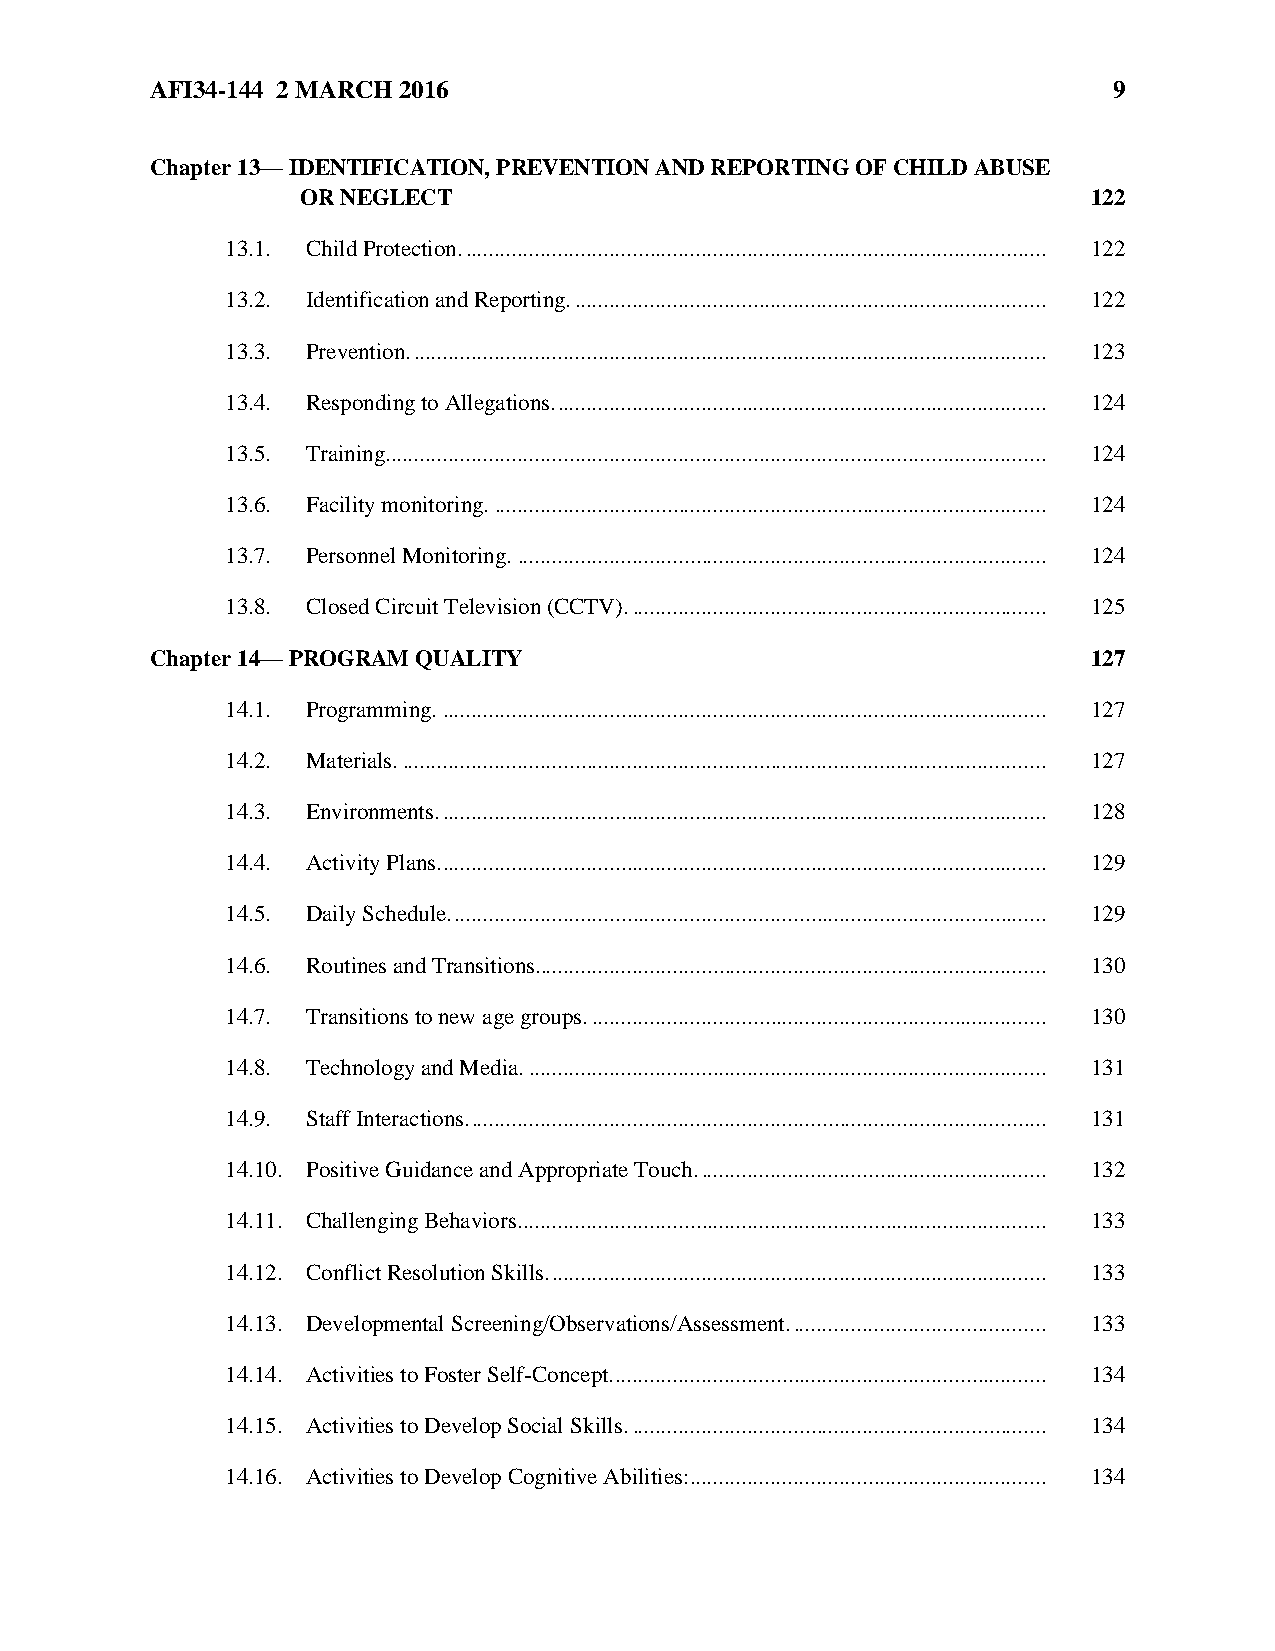
AFI34-144 2 MARCH 2016                                          9
 Chapter 13— IDENTIFICATION, PREVENTION AND REPORTING OF CHILD ABUSE
 OR NEGLECT                                          122
 13.1. Child Protection. ..................................................................................................... 122
 13.2. Identification and Reporting. .................................................................................. 122
 13.3. Prevention. .............................................................................................................. 123
 13.4. Responding to Allegations. ..................................................................................... 124
 13.5. Training. .................................................................................................................. 124
 13.6. Facility monitoring. ................................................................................................ 124
 13.7. Personnel Monitoring. ............................................................................................ 124
 13.8. Closed Circuit Television (CCTV). ........................................................................ 125
 Chapter 14— PROGRAM QUALITY                                   127
 14.1. Programming. ......................................................................................................... 127
 14.2. Materials. ................................................................................................................ 127
 14.3. Environments. ......................................................................................................... 128
 14.4. Activity Plans. ......................................................................................................... 129
 14.5. Daily Schedule. ....................................................................................................... 129
 14.6. Routines and Transitions......................................................................................... 130
 14.7. Transitions to new age groups. ............................................................................... 130
 14.8. Technology and Media. .......................................................................................... 131
 14.9. Staff Interactions. .................................................................................................... 131
 14.10. Positive Guidance and Appropriate Touch. ............................................................ 132
 14.11. Challenging Behaviors. ........................................................................................... 133
 14.12. Conflict Resolution Skills. ...................................................................................... 133
 14.13. Developmental Screening/Observations/Assessment. ............................................ 133
 14.14. Activities to Foster Self-Concept. ........................................................................... 134
 14.15. Activities to Develop Social Skills. ........................................................................ 134
 14.16. Activities to Develop Cognitive Abilities: .............................................................. 134